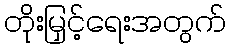
တိုးမြှင့်ရေးအတွက်